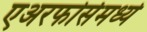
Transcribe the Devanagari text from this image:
एअरफोर्समध्ये